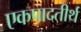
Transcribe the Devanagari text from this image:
एकपादतीर्थ